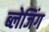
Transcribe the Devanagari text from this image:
ब्लेजिंग